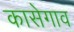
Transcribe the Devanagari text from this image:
कासेगाव